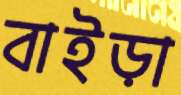
বাইড়া